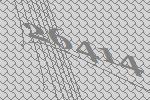
26414